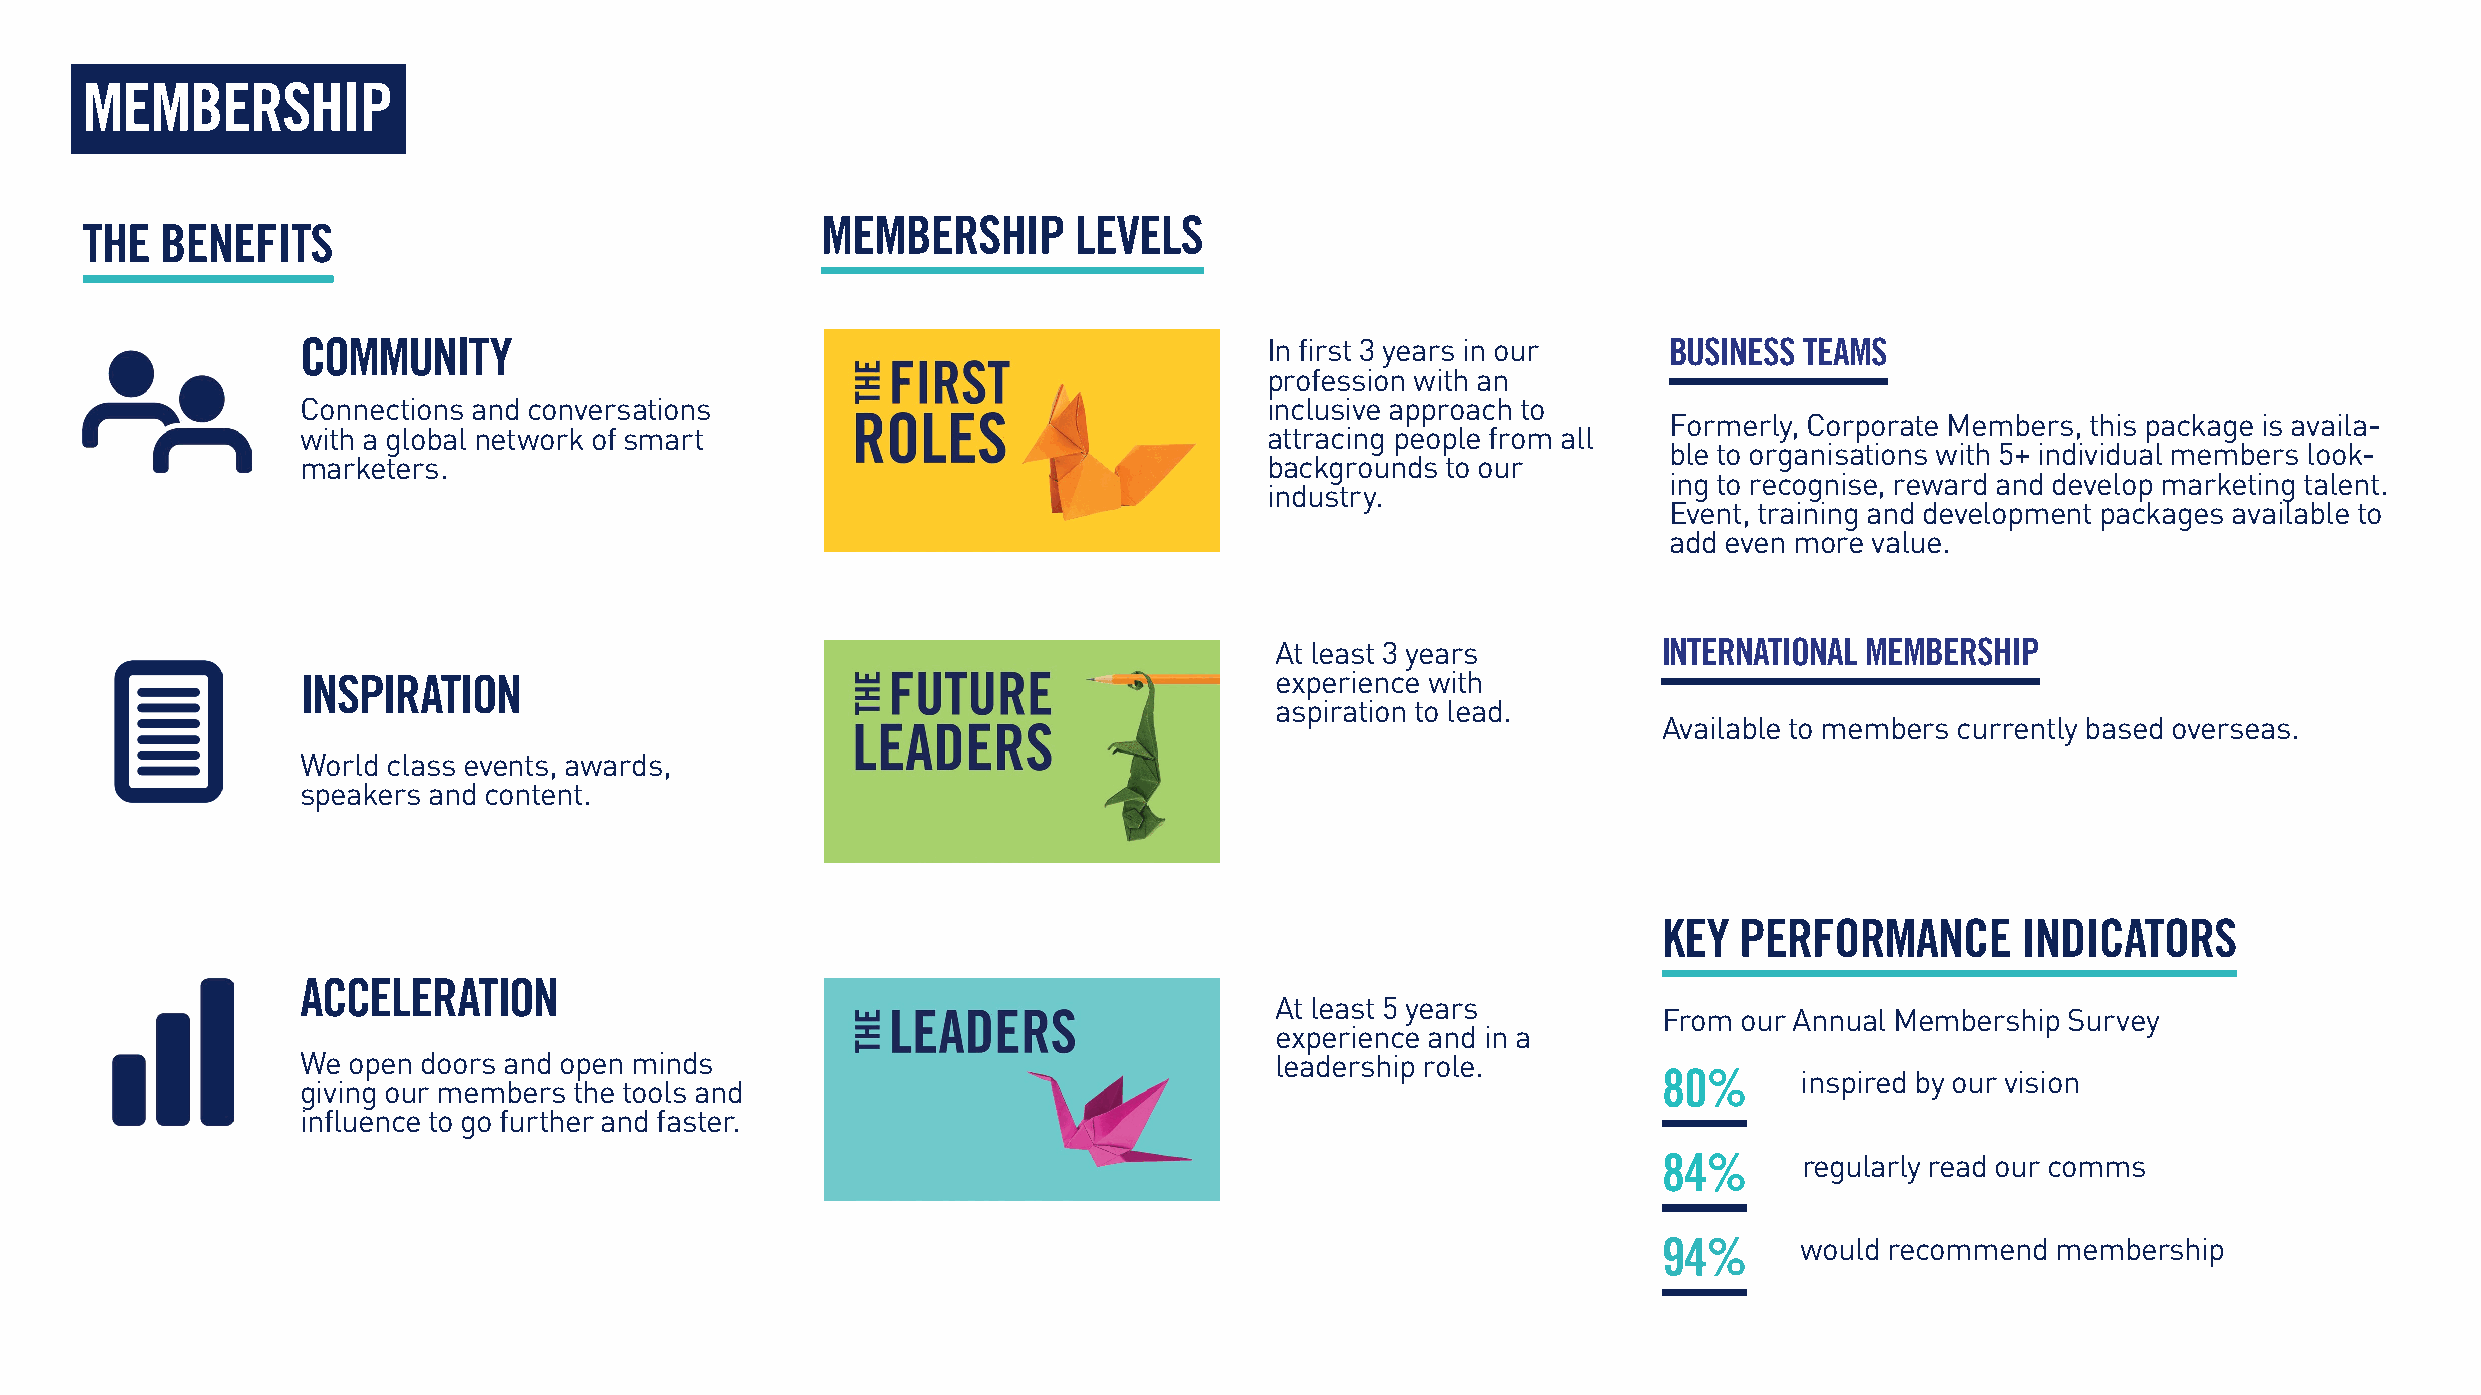
MEMBERSHIP
 MEMBERSHIP       LEVELS
 THE   BENEFITS
 COMMUNITY                                                       In first 3 years in our   BUSINESS TEAMS
 profession with an
 Connections and conversations                                   inclusive approach to
 Formerly, Corporate Members, this package is availa-
 with a global network of smart                                  attracing people from all
 ble to organisations with 5+ individual members look-
 marketers.                                                      backgrounds to our
 ing to recognise, reward and develop marketing talent.
 industry.
 Event, training and development packages available to
 add even more value.
 At least 3 years          INTERNATIONAL MEMBERSHIP
 INSPIRATION                                                     experience with
 aspiration to lead.
 Available to members currently based overseas.
 World class events, awards,
 speakers and content.
 KEY  PERFORMANCE        INDICATORS
 ACCELERATION
 At least 5 years
 From our Annual Membership Survey
 experience and in a
 We open doors and open minds                                    leadership role.
 80%      inspired by our vision
 giving our members the tools and
 influence to go further and faster.
 84%      regularly read our comms
 94%      would recommend  membership